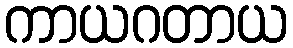
ကာယဂတာယ